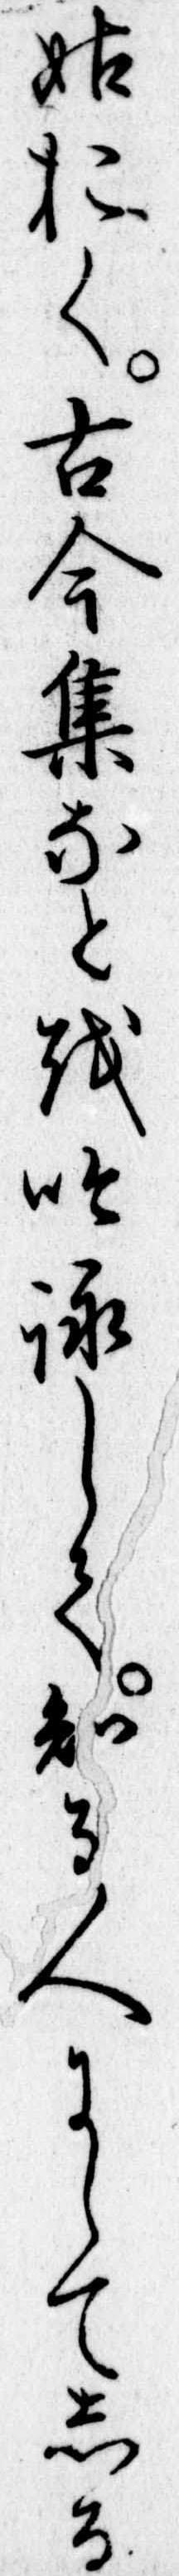
姑おく古今集なとを吟詠して知る人にしてしる